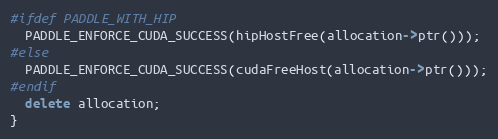
Language: C++
#ifdef PADDLE_WITH_HIP
  PADDLE_ENFORCE_CUDA_SUCCESS(hipHostFree(allocation->ptr()));
#else
  PADDLE_ENFORCE_CUDA_SUCCESS(cudaFreeHost(allocation->ptr()));
#endif
  delete allocation;
}